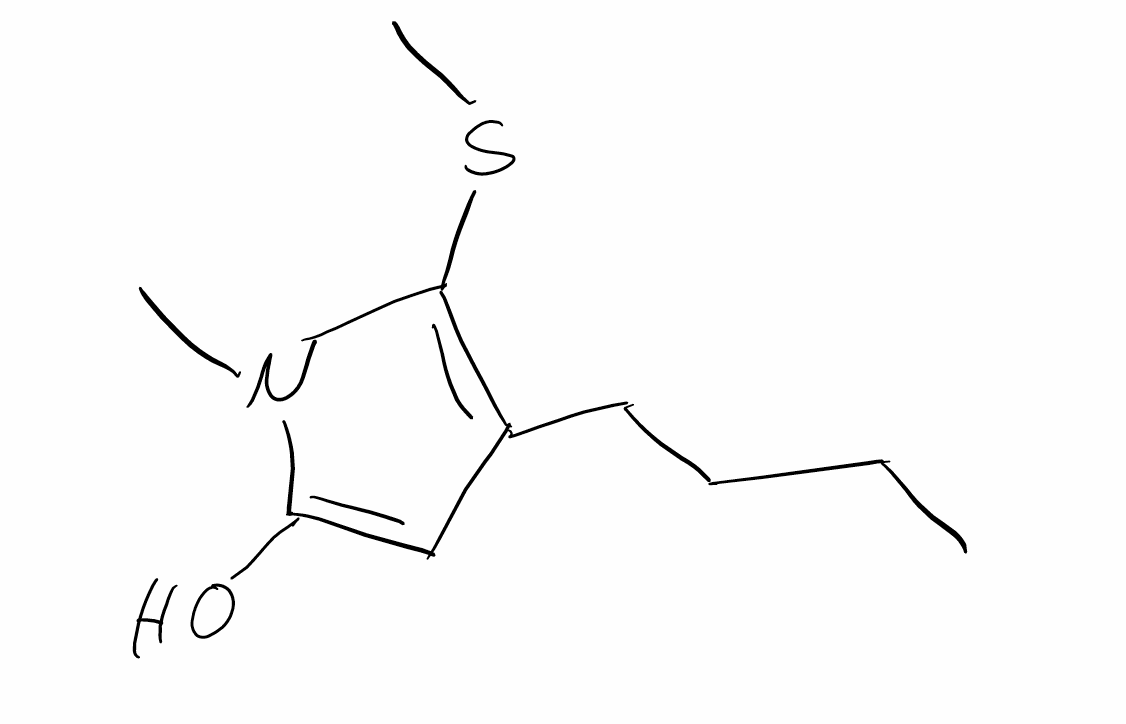
Simplified molecular-input line-entry system (SMILES) notation of the given molecule:
CCCCC1=C(N(C(=C1)O)C)SC